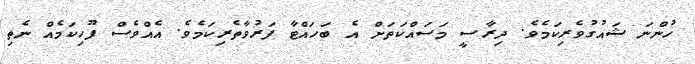
ހުންނަ ޝައުގުވެރިކަމެވެ. ދިރާސީ މަސައްކަތަށް އެ ބަހައްޓާ ފަރުވާތެރިކަމެވެ. އެއްވެސް ފޫހިކަމެއް ނެތި